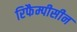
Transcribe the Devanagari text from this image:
रिफैम्पीसीन